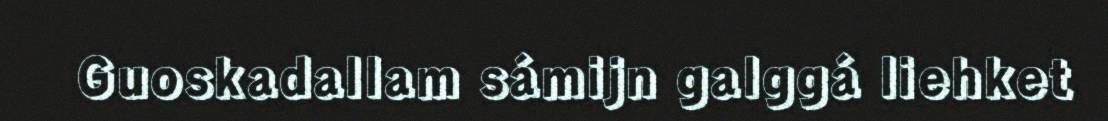
Guoskadallam sámijn galggá liehket